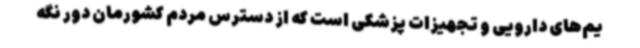
یم‌های دارویی و تجهیزات پزشکی است که از دسترس مردم کشورمان دور نگه